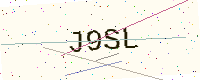
Text: J9SL